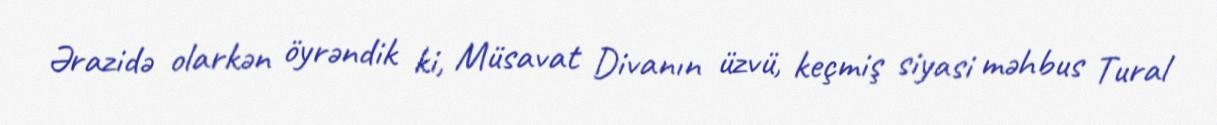
Ərazidə olarkən öyrəndik ki, Müsavat Divanın üzvü, keçmiş siyasi məhbus Tural